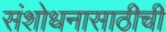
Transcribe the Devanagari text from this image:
संशोधनासाठीची